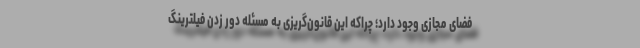
فضای مجازی وجود دارد؛ چراکه این قانون‌گریزی به مسئله دور زدن فیلترینگ